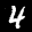
Label: 4